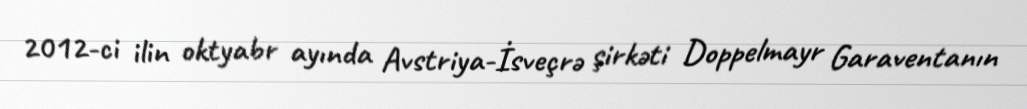
2012-ci ilin oktyabr ayında Avstriya-İsveçrə şirkəti Doppelmayr Garaventanın